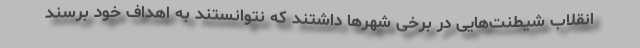
انقلاب شیطنت‌هایی در برخی شهرها داشتند که نتوانستند به اهداف خود برسند